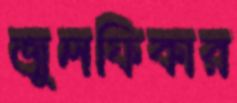
জুলফিকার